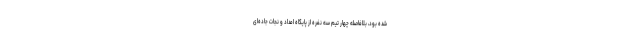
شده بود، بلافاصله چهار تیم سه نفره از پایگاه امداد و نجات جاده‌ای